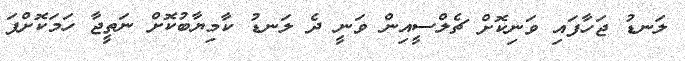
ލަނޑު ޖަހާފައި ވަނިކޮށް ޗެލްސީއިން ވަނީ ދެ ލަނޑު ކާމިޔާބުކޮށް ނަތީޖާ ހަމަކޮށްފަ